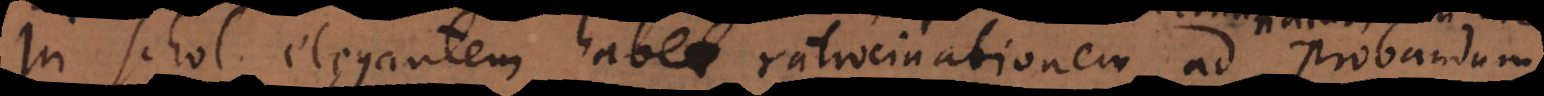
In Schol. elegantem habet ratiocinationem ad probandum